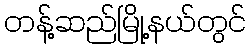
တန့်ဆည်မြို့နယ်တွင်